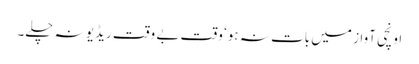
اونچی آواز میں بات نہ ہو‘ وقت بے وقت ریڈیو نہ چلے۔